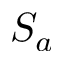
S _ { a }